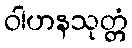
ဝါဟနသုတ္တံ